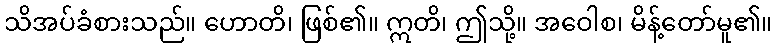
သိအပ်ခံစားသည်။ ဟောတိ၊ ဖြစ်၏။ ဣတိ၊ ဤသို့။ အဝေါစ၊ မိန့်တော်မူ၏။